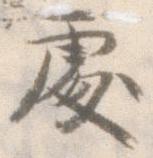
処